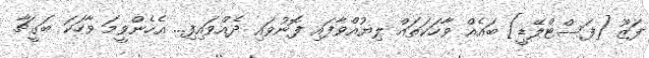
ފަޒޫ [ފަސްޓްލޭޑީ] ބައެއް ވާހަކަތައް ލިޔުއްވާފައި ފޮނުވައި ދެއްވައިފި... އެހެންވީމަ ވާހަކަ ބަގީޗާ